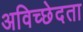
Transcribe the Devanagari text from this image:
अविच्छेदता